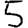
Digit: 5